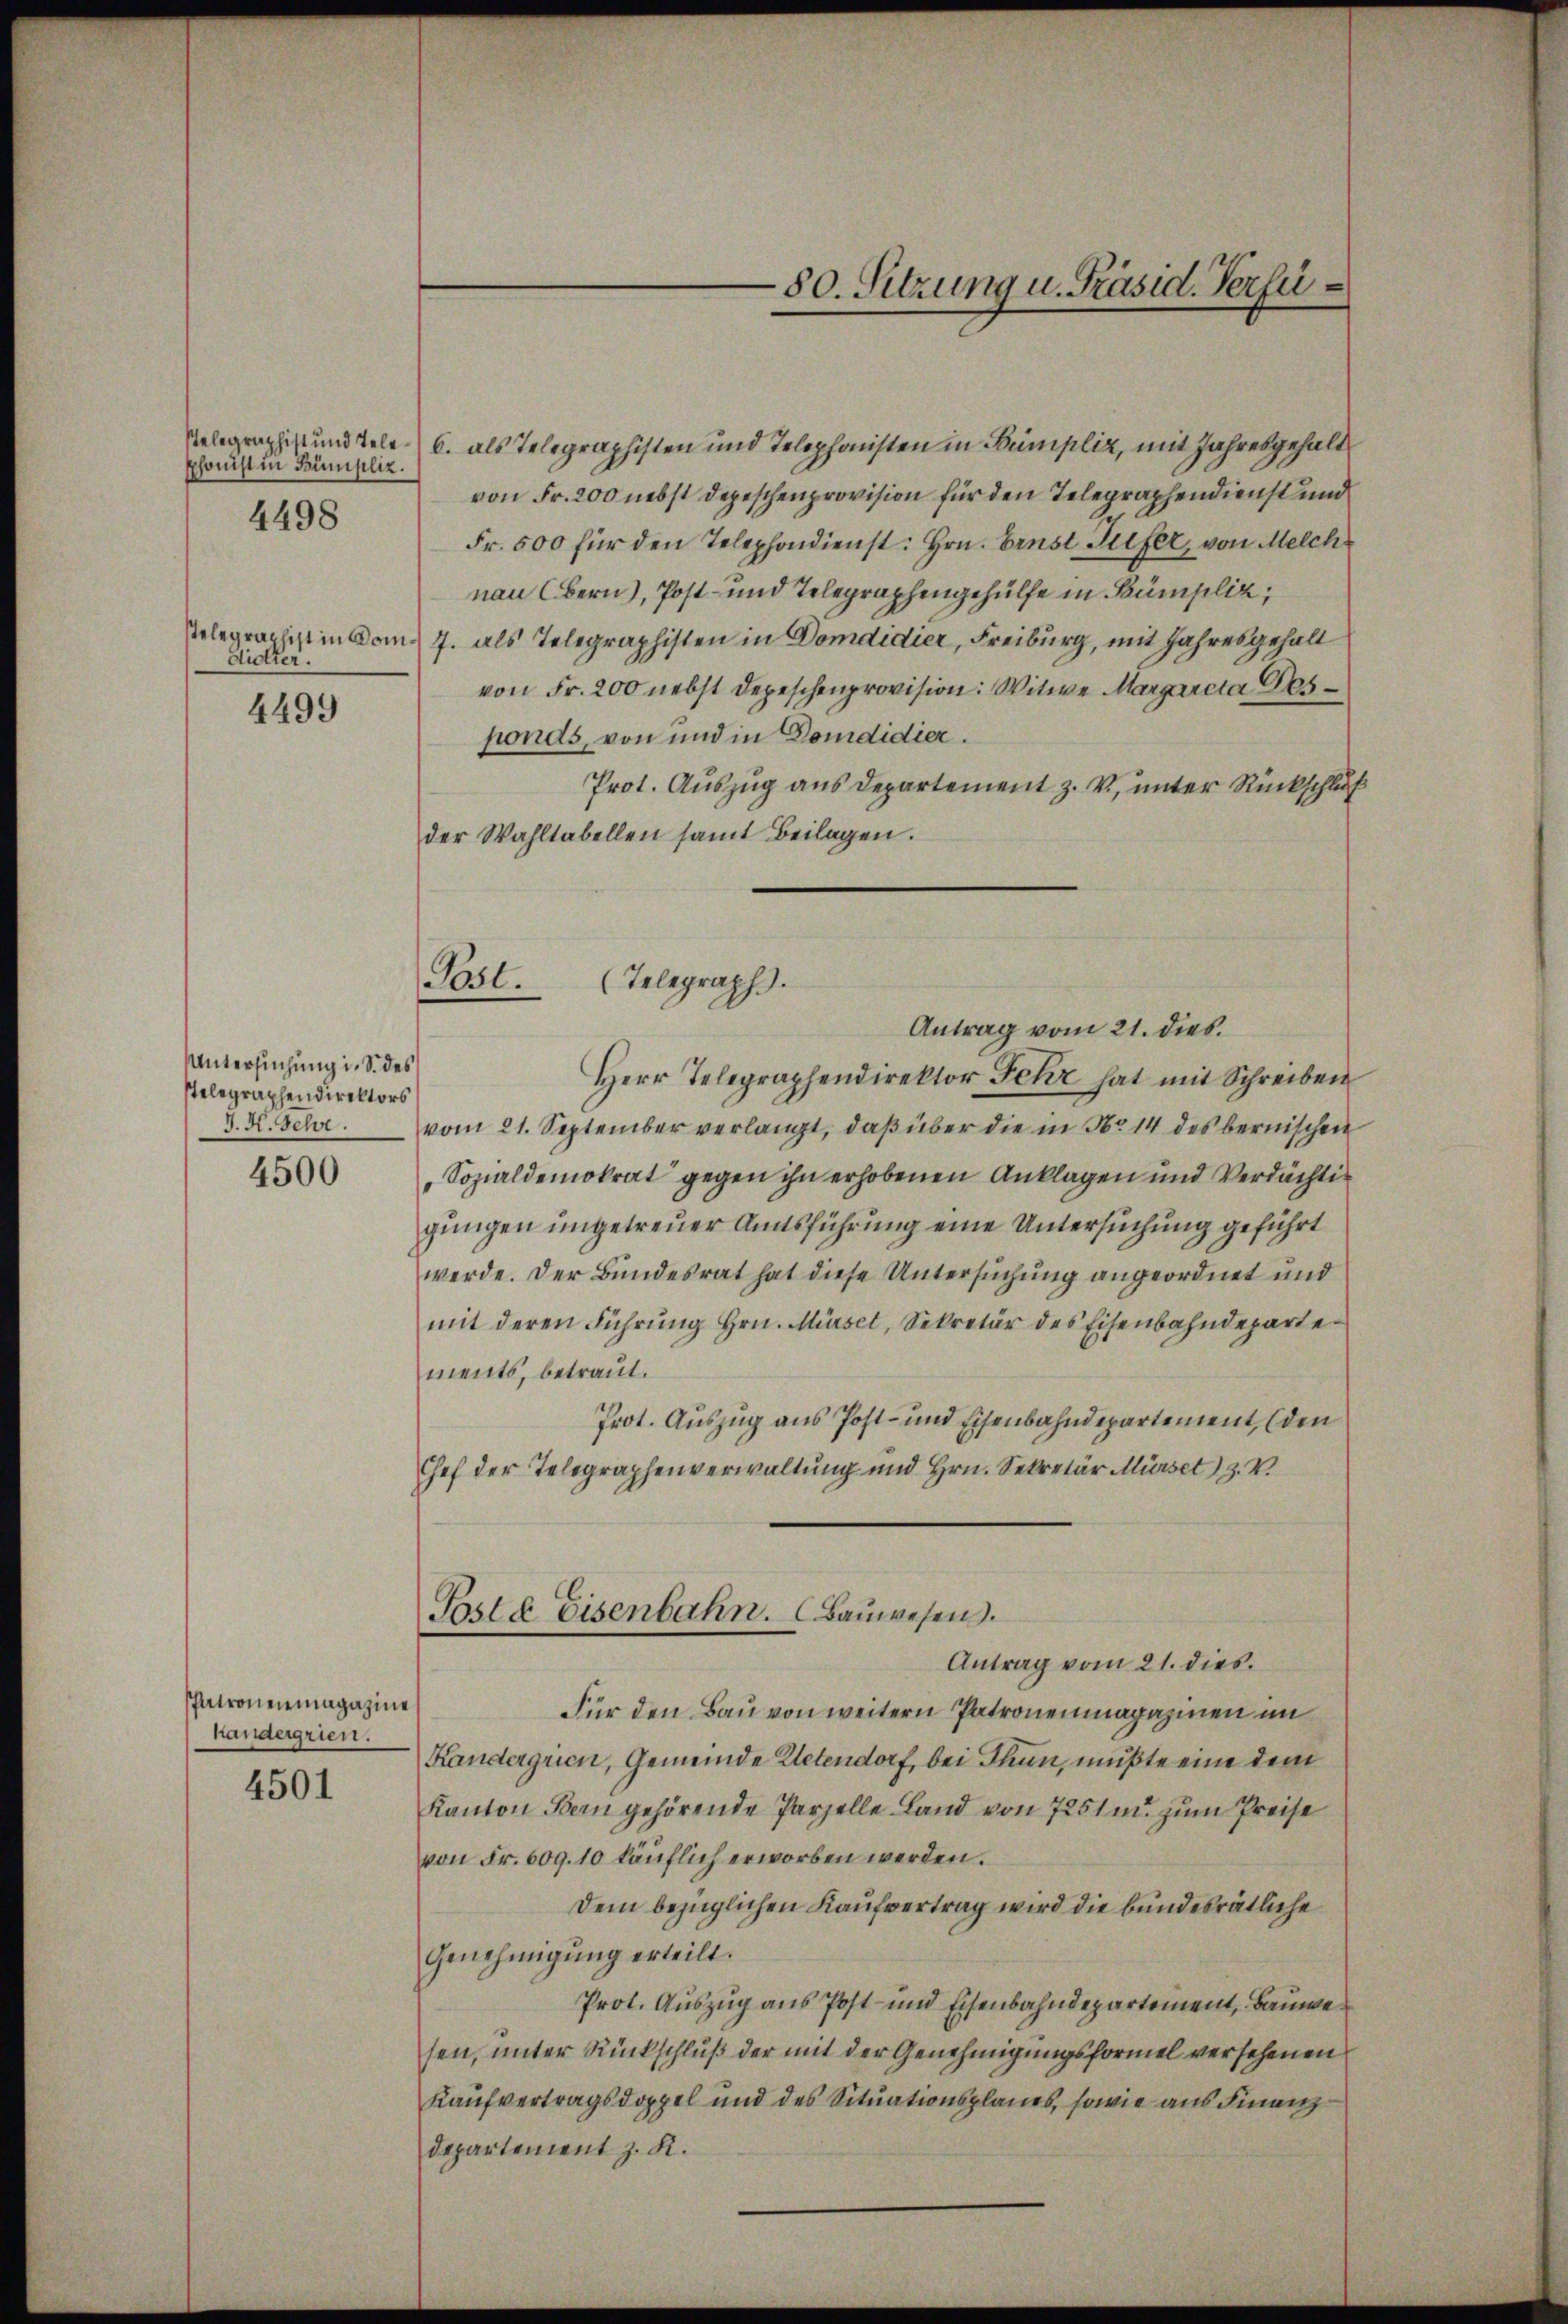
stelegraphist und Telesphonist in Bümpliz.
4498

stelegraphist in Dom
dielter.

4499

Untersuchung i. S. des
stelegraphendirektors
J. K. Schr.

4500

Patronenmagazine
Kandergrien.
4501

(Telegraph.
Post.
Antrag vom 21. dies.

80. Sitzung u. Präsid. Verfü¬

6. als Telegraphisten und Telephonsten in Bumpliz, mit Jahresgehalt
von Fr. 200 nebst Depeschenprovision für den Telegraphendienst und
Fr. 500 für den Telephondienst: Hrn. Ernst Tiefer, von Melch
nau (Bern), Post- und Telegraphengehülfe in Kumpliz
7. als Telegraphisten in Domdidier, Freiburg, mit Jahres gehalt
von Fr. 200 nebst Depeschenprovision: Witwe Margareta Ges
ponds, von und in Domdidier.
Prot. Auszug aus Departement z. V. unter Rückschluß
der Wahltabellen samt Beilagen.
Herr Telegraphendirektor Fehr hat mit Schreiben
vom 21. September verlangt, daβ über die in No 14 des bernischen
Sozialdemokrat gegen ihn erhobenen Anklagen und Verdächtigungen ungetreuer Amtsführung eine Untersuchung geführt
werde. Der Bundesrat hat diese Untersuchung angeordnet und
mit deren Führŭng Hrn. Mürset, Sekretär des Eisenbahndeparte
ments, betraut.
Prot. Auszug aus Post- und Eisenbahndepartement, (den
Chef der Telegraphenverwaltung und Hrn. Sekretär Mürsetz. V.
Poste Eisenbahn. (Bauwesens.
Antrag vom 21. dies
Für den Bau von weitern Patronenmagazinen un
Kandergrien, Gemeinde Retendorf, bei Thun, mußte eine dem
Kanton Bern gehörende Parzelle Land von 7251 m. zum Preise
von Fr. 609. 10 käuflich erworben werden.
Dem bezüglichen Kaufvertrag wird die bundesrätliche
Genehmigŭng erteilt.
Prot. Auszug aus Post- und Eisenbahndepartement, Bauwe
sen, unter Rückschluß der mit der Genehmigungsformel versehenen
Kaufvertragsdoppel und des Situationsplanes, sowie aus Finanzdepartement z. R.